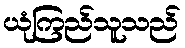
ယုံကြည်သူသည်